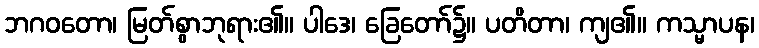
ဘဂဝတော၊ မြတ်စွာဘုရား၏။ ပါဒေ၊ ခြေတော်၌။ ပတိတာ၊ ကျ၏။ ကသ္မာပန၊